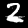
Digit: 2